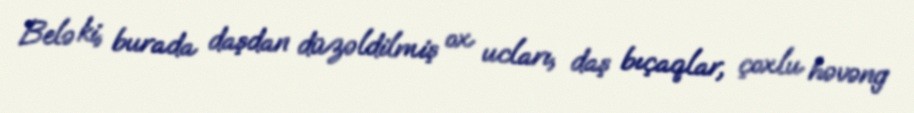
Belə ki, burada daşdan düzəldilmiş ox ucları, daş bıçaqlar, çoxlu həvəng